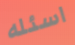
اسئله